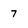
Character: 7